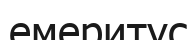
емеритус